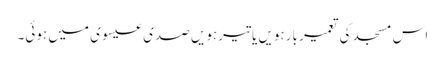
اس مسجد کی تعمیر بارہویں یا تیرہویں صدی عیسوی میں ہوئی۔